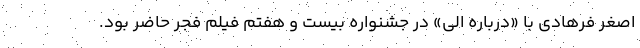
اصغر فرهادی با «درباره الی» در جشنواره بیست و هفتم فیلم فجر حاضر بود.